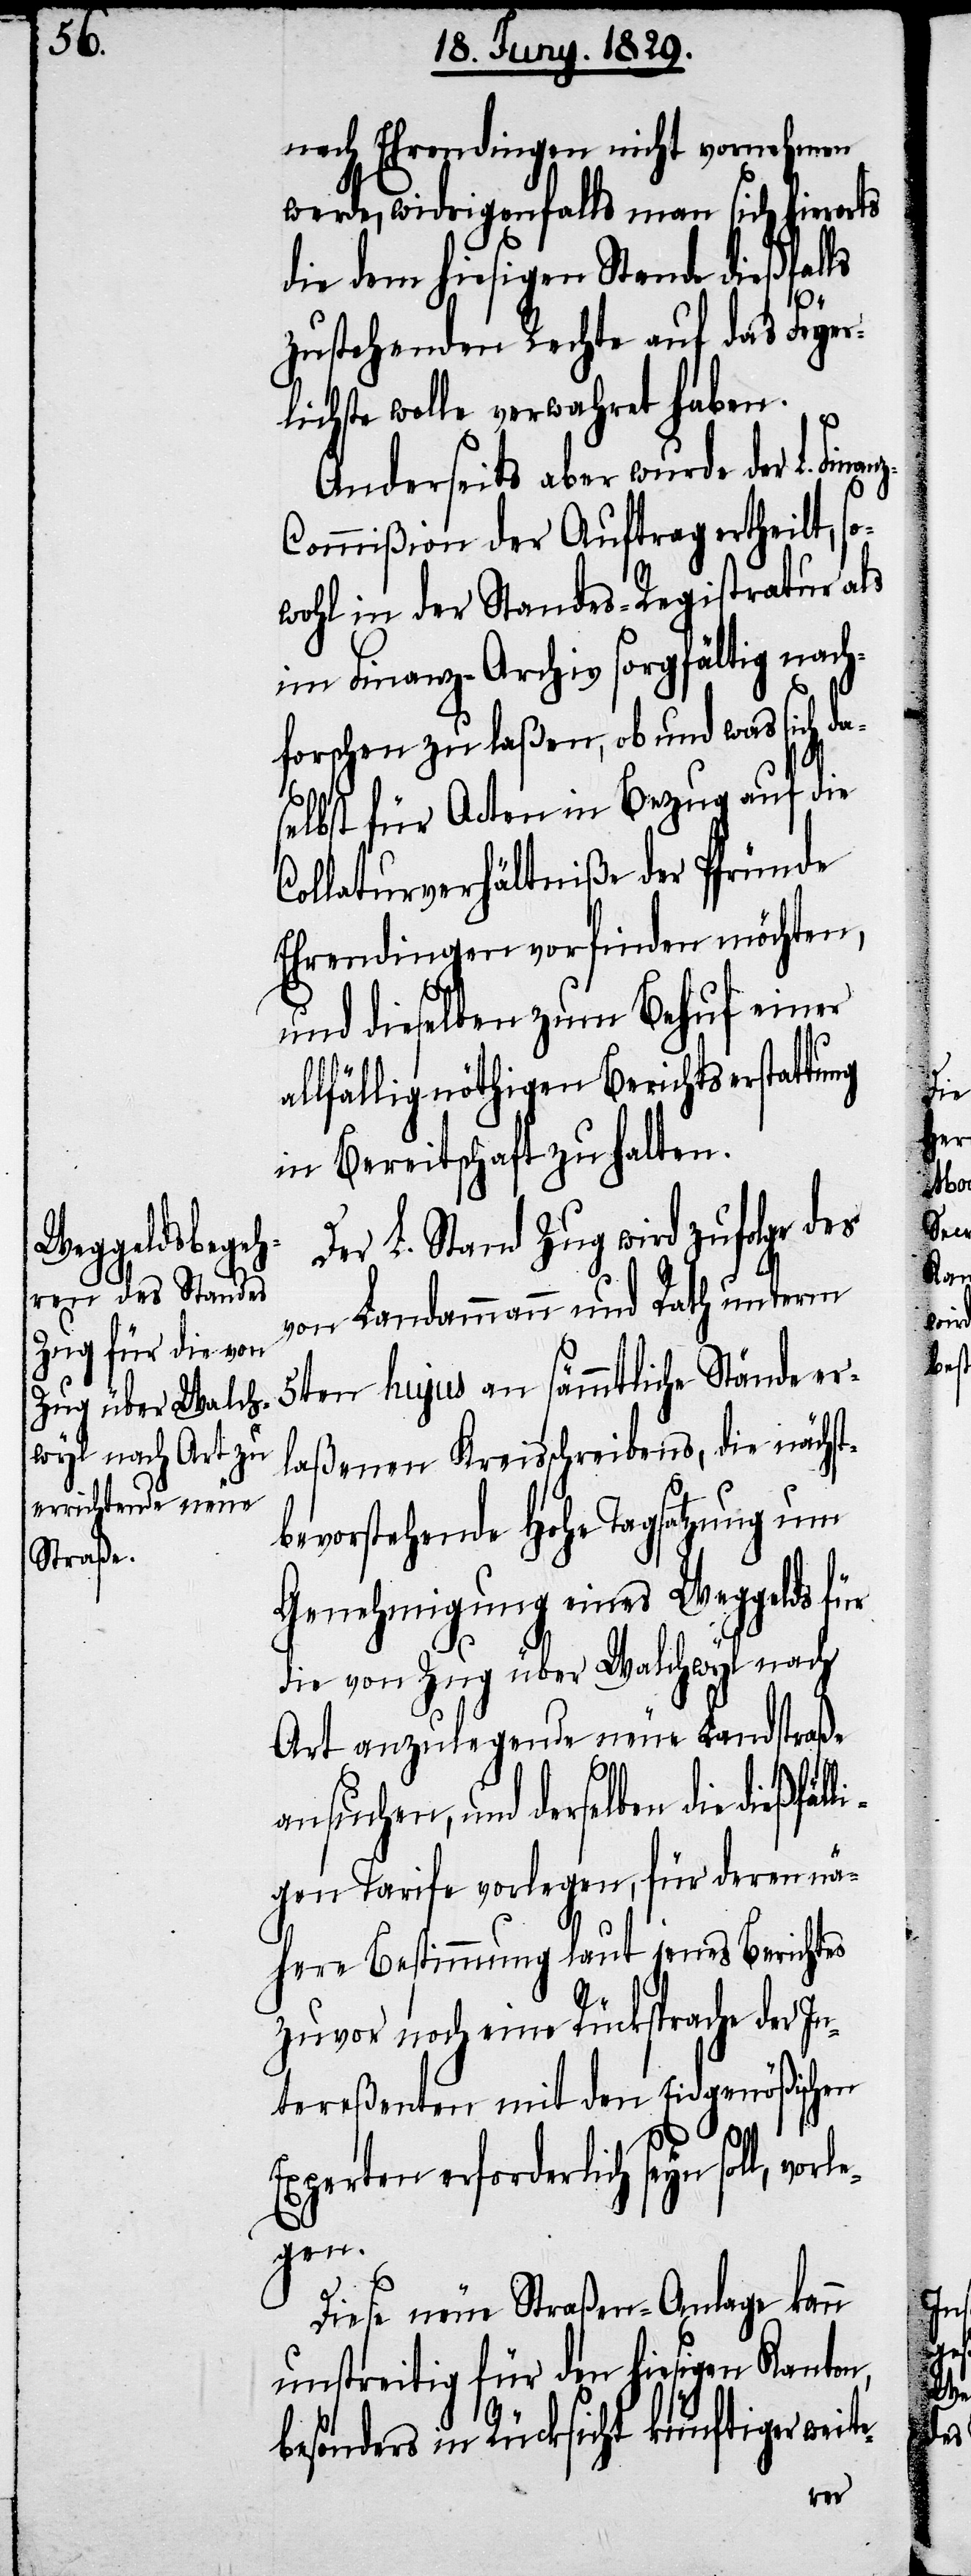
nach Ehrendingen nicht vornehmen
werde, widrigenfalls man sich hierorts
die dem hiesigen Stande dießfalls
z-C¬
zustehenden Rechte auf das Feyer¬
lichste wolle verwahret haben.
Anderseits aber wurde der L. Fin¬
ommißion der Auftrag ertheilt, s¬
owohl in der Standes-Registratur als
im Finanz-Archiv sorgfältig nach¬
forschen zu laßen, ob und was sich da¬
selbst für Acten in Bezug auf die
Collaturverhältniße der Pfründe
Ehrendingen vorfinden möchten,
und dieselbe zum Behuf einer
allfällig nöthigen Berichtserstattung
in Bereitschaft zu halten.
Der L. Stand Zug wird zufolge des
von Landammann und Rath unterm
5ten hujus an sämmtliche Stände er¬
laßenen Kreisschreibens, die nächst¬
bevorstehende Hohe Tagsatzung um
Genehmigung eines Weggelds für
die von Zug über Walchwyl nach
Art anzulegende neue Landstraße
ansuchen, und derselben die dießfäl¬
ligen Tarife vorlegen, für deren nä¬
here Bestimmung laut jenes Berichtes
zuvor noch eine Rücksprache der In¬
tereßenten mit den Eidgenößischen
l,
Experten erforderlich seyn sol¬
egen
Diese neue Straßen-Anlage kann
unstreitig für den hiesigen Kanton
besonders in Rücksicht künftiger wei¬
te-

vorl¬